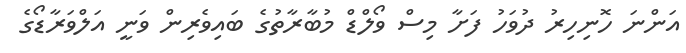
އަންނަ ހޮނިހިރު ދުވަހު ފަށާ މިސް ވޯލްޑް މުބާރާތުގެ ބައިވެރިން ވަނީ އަލްވަރާޑޯގެ